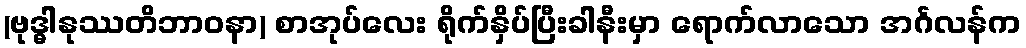
(ဗုဒ္ဓါနုဿတိဘာဝနာ) စာအုပ်လေး ရိုက်နှိပ်ပြီးခါနီးမှာ ရောက်လာသော အင်္ဂလန်က